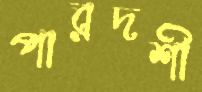
পারদর্শী